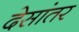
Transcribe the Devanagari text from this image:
देसांतर